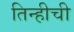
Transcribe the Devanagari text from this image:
तिन्हीची